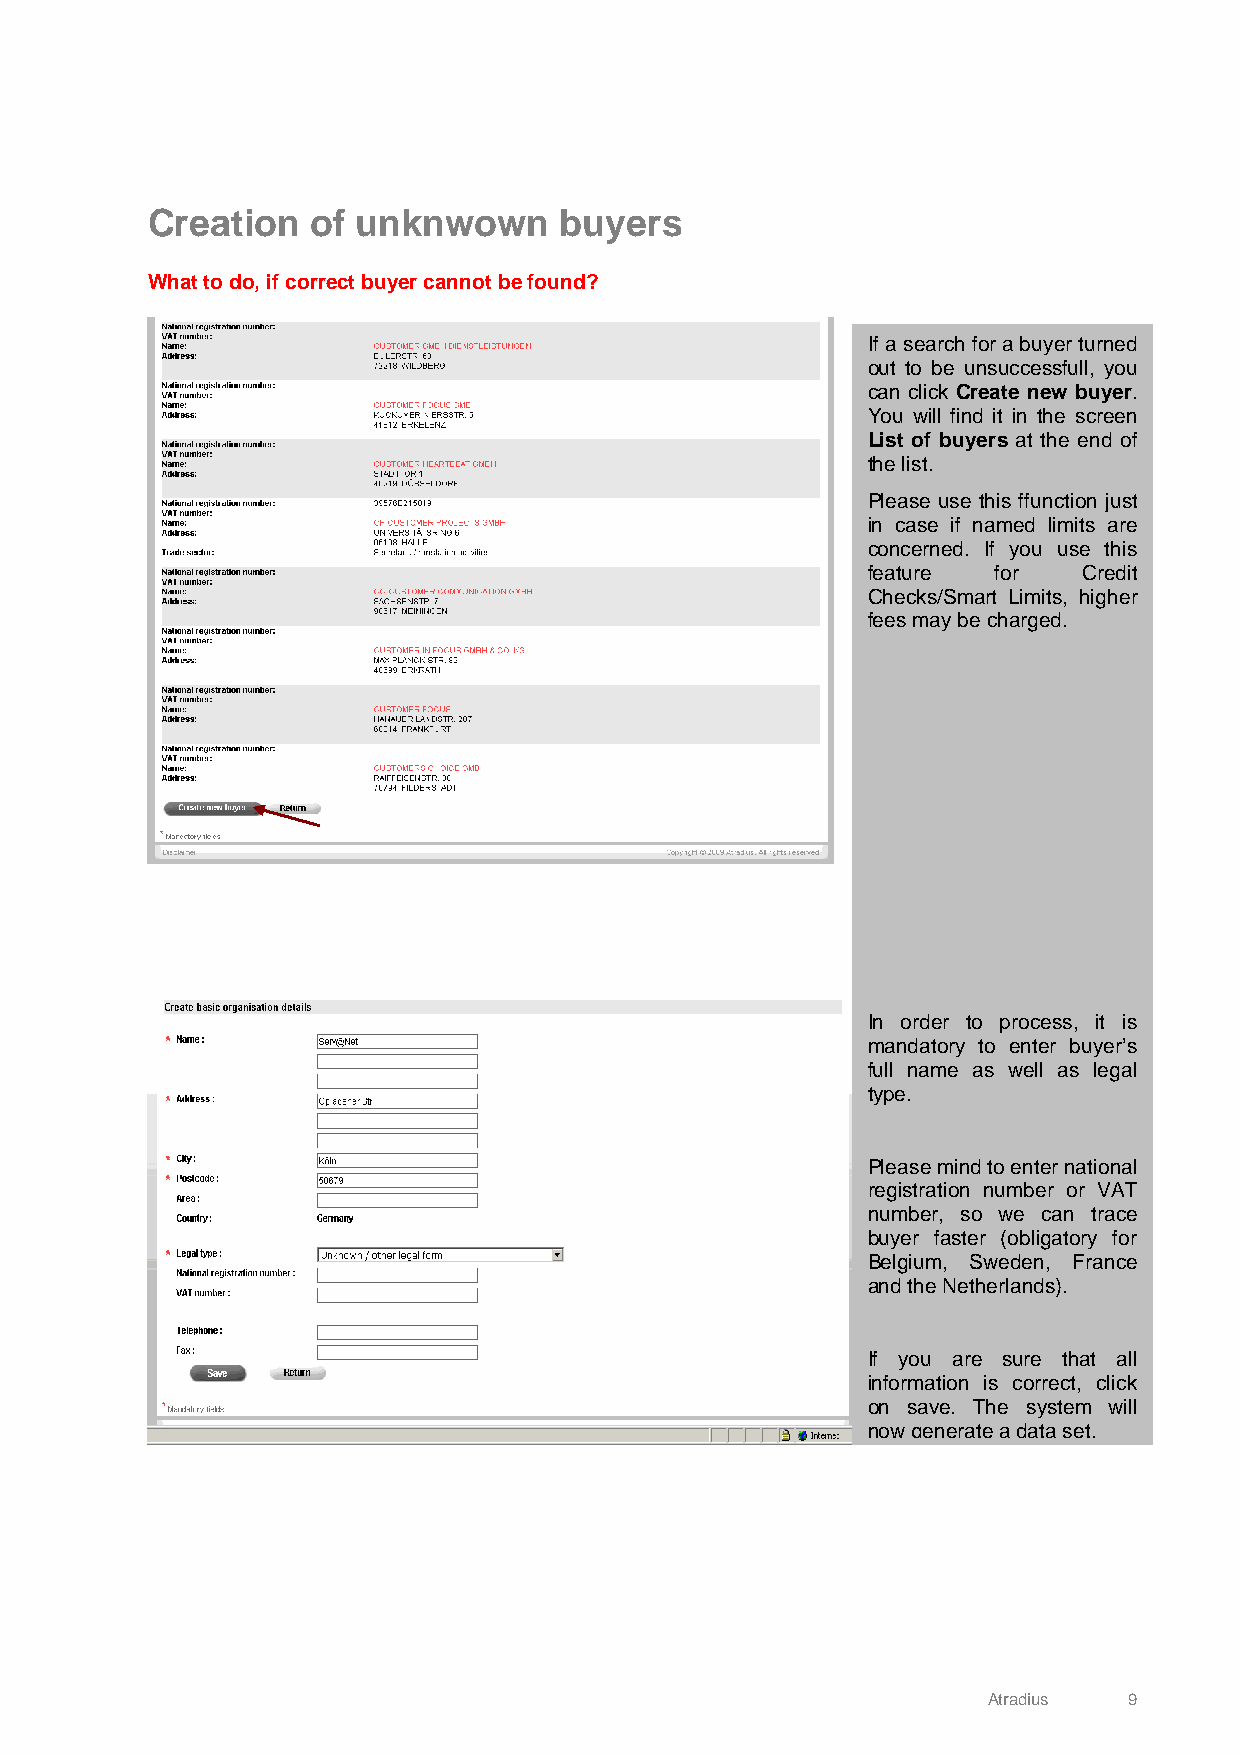
Creation   of unknwown     buyers
 What to do, if correct buyer cannot be found?
 If a search for a buyer turned
 out to be unsuccessfull, you
 can click Create new buyer.
 You will find it in the screen
 List of buyers at the end of
 the list.
 Please use this ffunction just
 in case if named limits are
 concerned. If you use this
 feature  for   Credit
 Checks/Smart Limits, higher
 fees may be charged.
 In order to process, it is
 mandatory to enter buyer’s
 full name as well as legal
 type.
 Please mind to enter national
 registration number or VAT
 number, so we can trace
 buyer faster (obligatory for
 Belgium, Sweden, France
 and the Netherlands).
 If you are sure that all
 information is correct, click
 on save. The system will
 nowgenerateadataset.
 Atradius  9